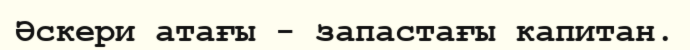
Әскери атағы - запастағы капитан.